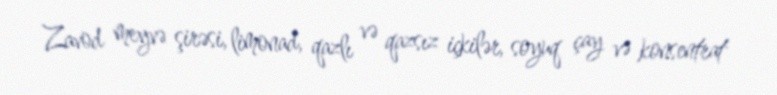
Zavod meyvə şirəsi, limonad, qazlı və qazsız içkilər, soyuq çay və konsentrat